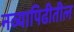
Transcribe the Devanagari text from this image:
नव्यापिढीतील